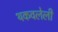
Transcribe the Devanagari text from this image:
थकवलेली